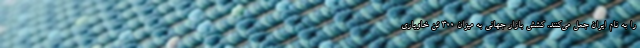
را به نام ایران جعل می‌کنند. کشش بازار جهانی به میزان ۳۰۰ تن خاویاری